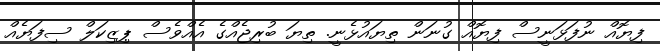
ފިޔޮއް ނުފަޅަނީސް ފިޔޮއް ގުނަން ތިޔައުޅެނީ. ތިޔަ ބުރިޖެއްގެ އެއްވެސް ޕިޒިކަލް ސިފަޔެއް